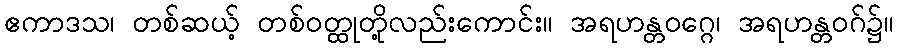
ဧကာဒသ၊ တစ်ဆယ့် တစ်ဝတ္ထုတို့လည်းကောင်း။ အရဟန္တဝဂ္ဂေ၊ အရဟန္တဝဂ်၌။